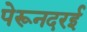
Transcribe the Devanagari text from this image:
पेरूनदरई